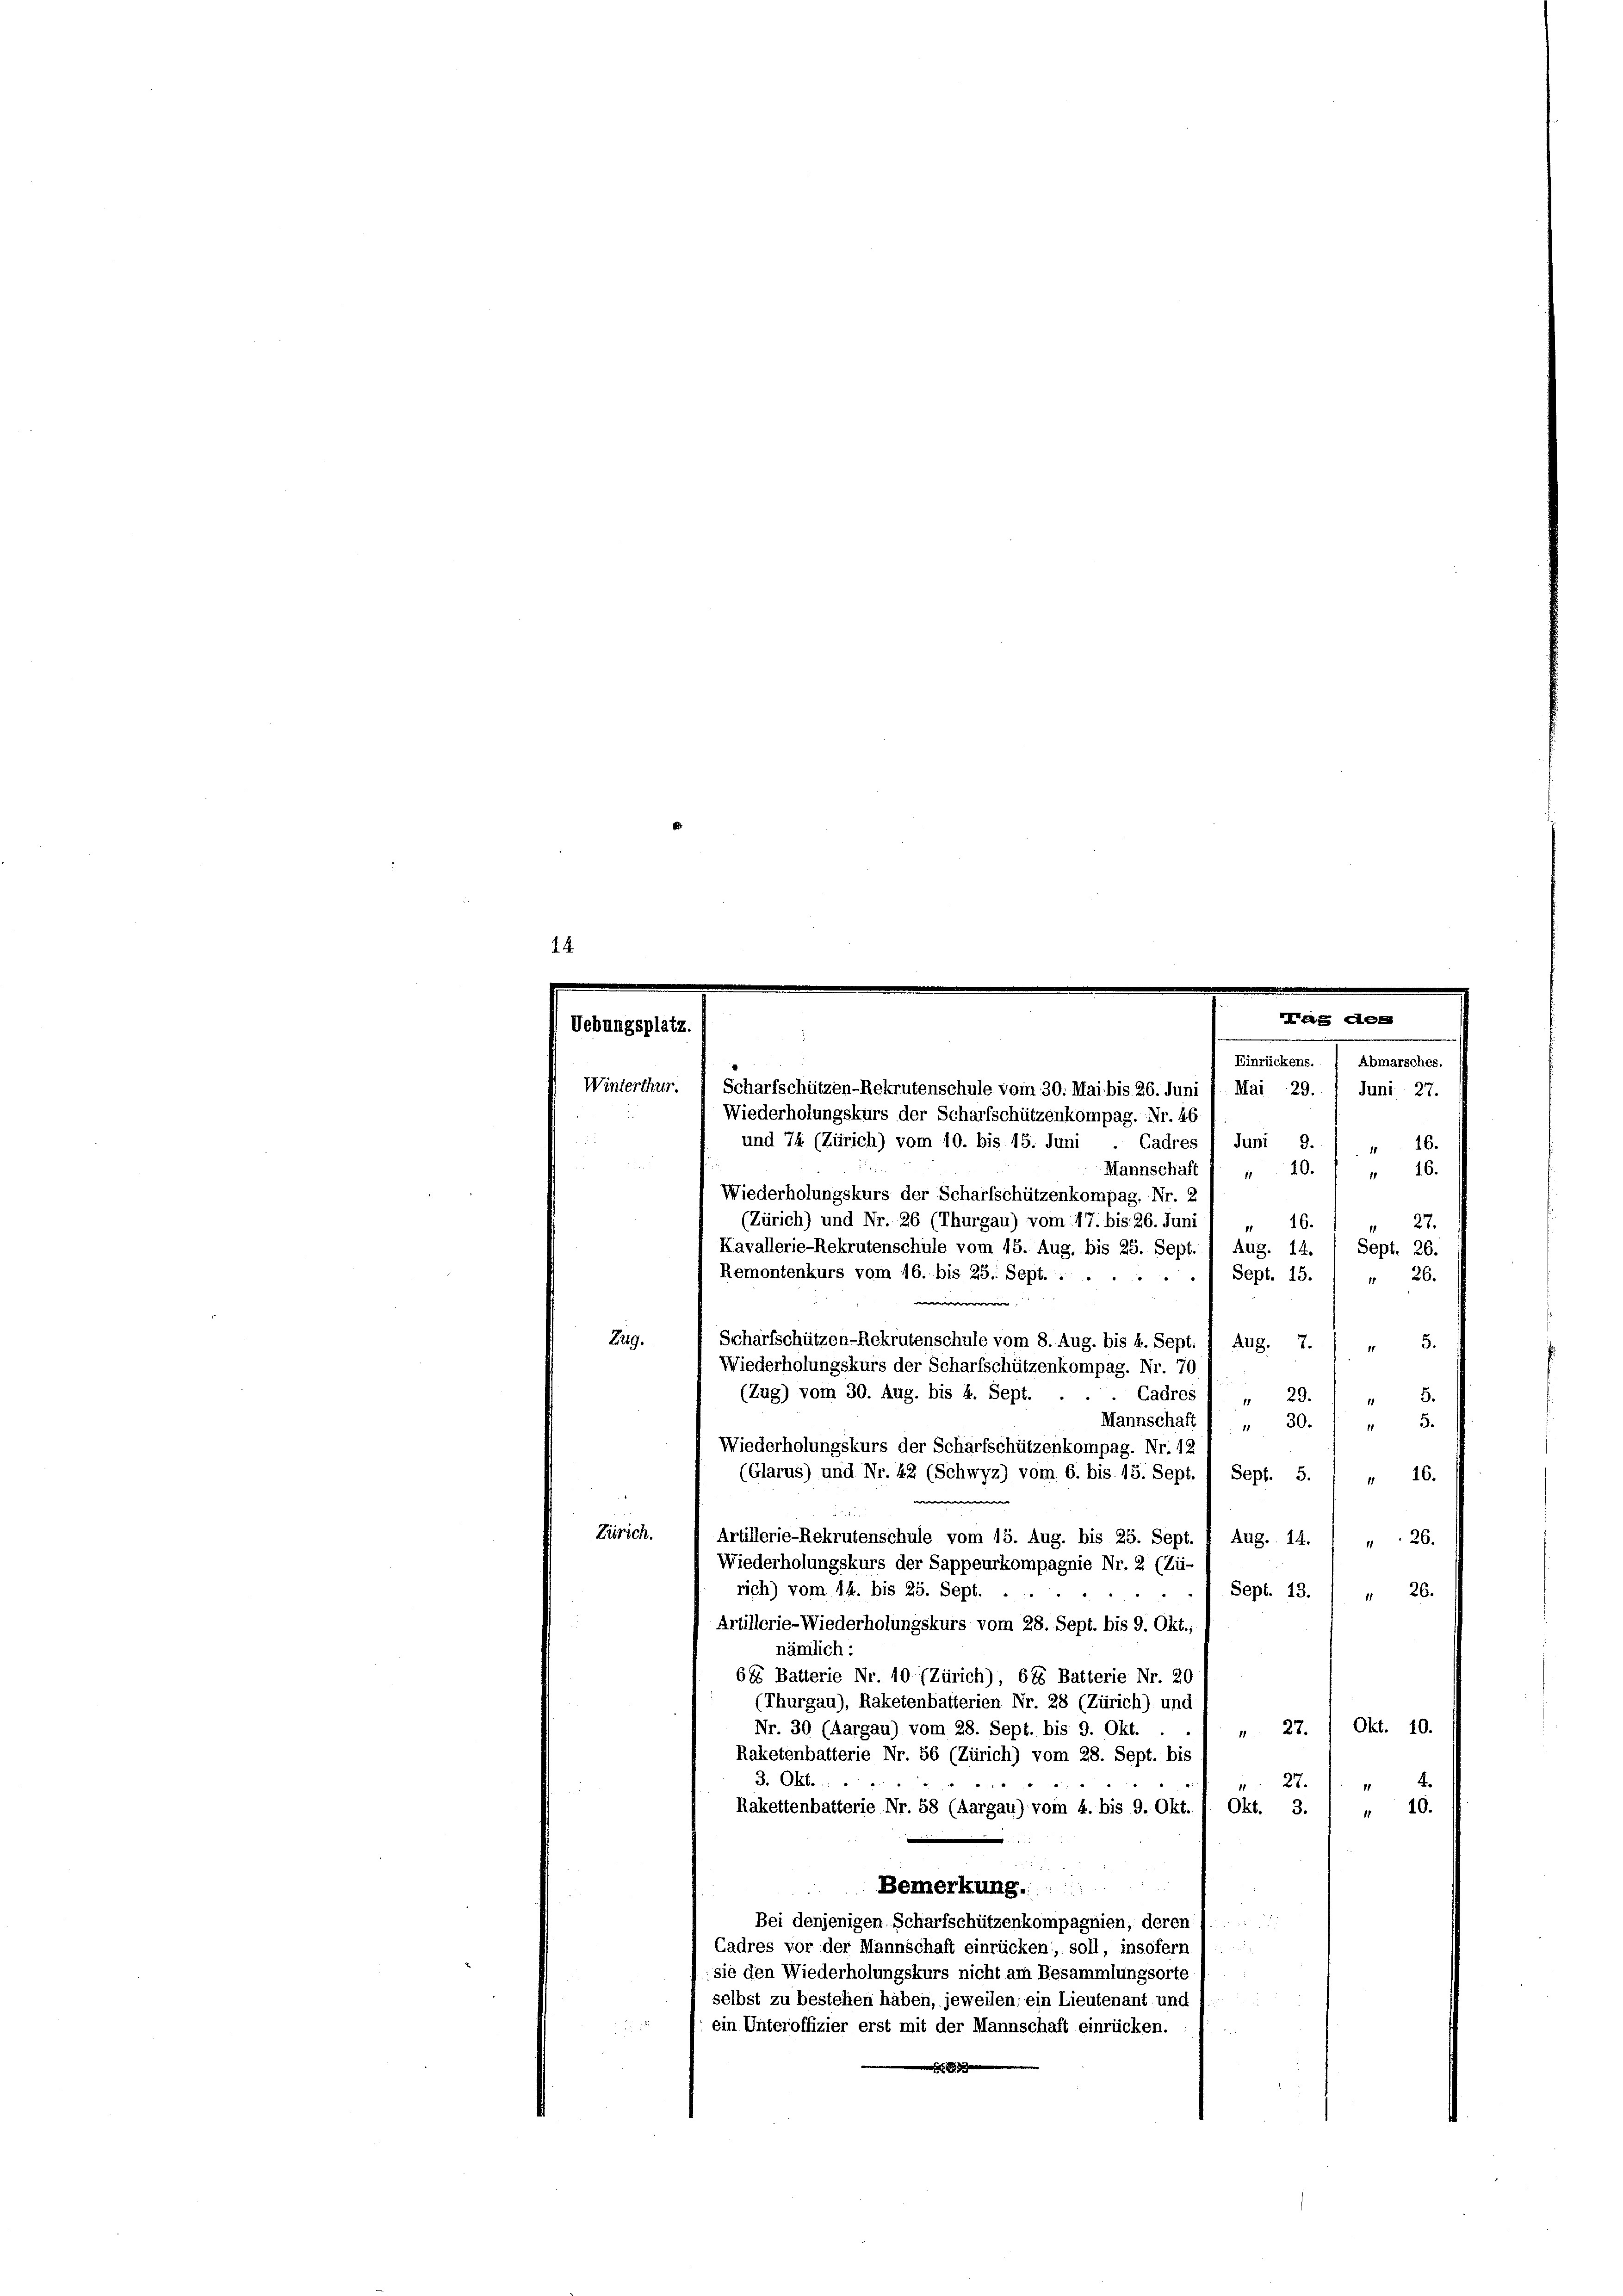
16.
27.
3.
5.
5.
Artillerie-Wiederholungskurs vom 28. Sept. bis 9. Okt.;
nämlich:
685 Batterie Nr. 10 (Zürich), 686 Batterie Nr. 20
(Thurgau), Raketenbatterien Nr. 28 (Zürich) und
Okt. 10.
27.
Nr. 30 (Aargau) vom 28. Sept. bis 9. Okt.
l
Raketenbatterie Nr. 56 (Zürich) vom 28. Sept. bis
3. Okt.
 27.
11
10.
Rakettenbatterie Nr. 58 (Aargau) vom 4. bis 9. Okt.
Okt. 3.

a
Bemerkung.
Bei denjenigen Scharfschützenkompagnien, deren 1.
Cadres vor der Mannschaft einrücken, soll, insofern /.
sie den Wiederholungskurs nicht am Besammlungsorte
selbst zu bestehen haben, jeweilen; ein Lieutenant und
i
ein Unteroffizier erst mit der Mannschaft einrücken.

Uebungsplatz.
i
Mannschaft 1 „ 10. " " 16.
Wiederholungskurs der Scharfschützenkompag. Nr. 2
(Zürich) und Nr. 26 (Thurgau) vom 17. bis 26. Juni
16.
11
Kavallerie-Rekrutenschule vom 15. Aug. bis 25. Sept. / Aug. 14. / Sept. 26.
Remontenkurs vom 16. bis 25. Sept.....
Sept. 15. / " 26.
e
Zug.
Scharfschützen-Rekrutenschule vom 8. Aug. bis 4. Sept. 1 Aug. 7.
Wiederholungskurs der Scharfschützenkompag. Nr. 70
(Zug) vom 30. Aug. bis 4. Sept. . . . Cadres
29.
11
1
Mannschaft ( „ 30.
11
Wiederholungskurs der Scharfschützenkompag. Nr. 12
(Glarus) und Nr. 42 (Schwyz) vom 6. bis 15. Sept. 1 Sept. 5. ( „ 16.
e
Zürich.
Artillerie-Rekrutenschule vom 15. Aug. bis 25. Sept. 1 Aug. 14. 1 „ . 26.
Wiederholungskurs der Sappeurkompagnie Nr. 2 (Zü-
rich) vom 14. bis 25. Sept.
Sept. 13. / " 26.

Winterthur.  Scharfschützen-Rekrutenschule vom 30. Mai bis 26. Juni 1 Mai 29. / Juni 27.
Wiederholungskurs der Scharfschützenkompag. Nr. 46
und 74 (Zürich) vom 10. bis 15. Juni
Cadres 1 Juni 9.

Kaag dess
Einrückens.
Abmarsches.